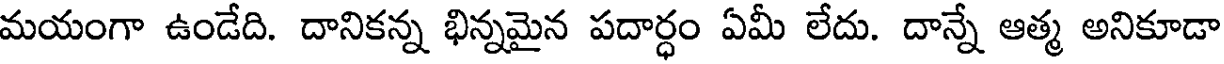
మయంగా ఉండేది. దానికన్న భిన్నమైన పదార్ధం ఏమీ లేదు. దాన్నే ఆత్మ అనికూడా